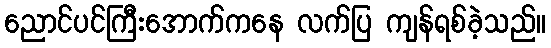
ညောင်ပင်ကြီးအောက်ကနေ လက်ပြ ကျန်ရစ်ခဲ့သည်။